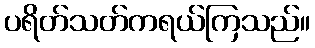
ပရိတ်သတ်ကရယ်ကြသည်။